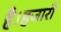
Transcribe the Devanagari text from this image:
है।हजारों